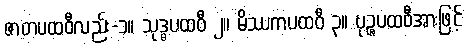
ဇာတပထဝီလည်း-၁။ သုဒ္ဓပထဝီ ၂။ မိဿကပထဝီ ၃။ ပုဉ္ဇပထဝီအားဖြင့်